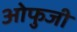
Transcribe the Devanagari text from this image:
ओफुजी